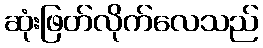
ဆုံးဖြတ်လိုက်လေသည်